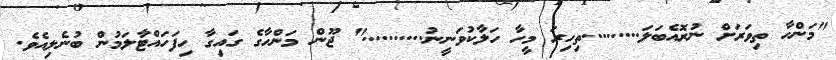
"މަންހާ ތިވަރަށް ނުރޮއެބަލަ.........ތިހިރަ މީހާ ހަލާކުވަނީނު.........." ޖޫން މަންހާގެ ގައިގާ ހިފަހައްޓާލަމުން ބުނެލިއެވެ.